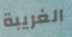
الغريبة